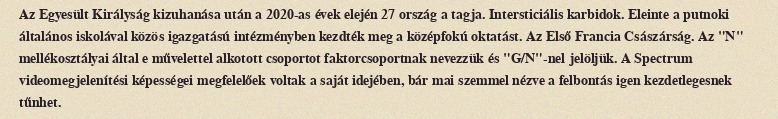
Az Egyesült Királyság kizuhanása után a 2020-as évek elején 27 ország a tagja. Intersticiális karbidok. Eleinte a putnoki általános iskolával közös igazgatású intézményben kezdték meg a középfokú oktatást. Az Első Francia Császárság. Az "N" mellékosztályai által e művelettel alkotott csoportot faktorcsoportnak nevezzük és "G/N"-nel jelöljük. A Spectrum videomegjelenítési képességei megfelelőek voltak a saját idejében, bár mai szemmel nézve a felbontás igen kezdetlegesnek tűnhet.